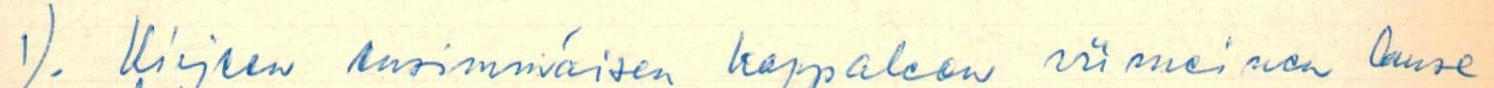
1). Kirjeen ensimmäisen kappaleen viimeinen lause